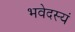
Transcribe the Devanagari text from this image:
भवेदस्यं